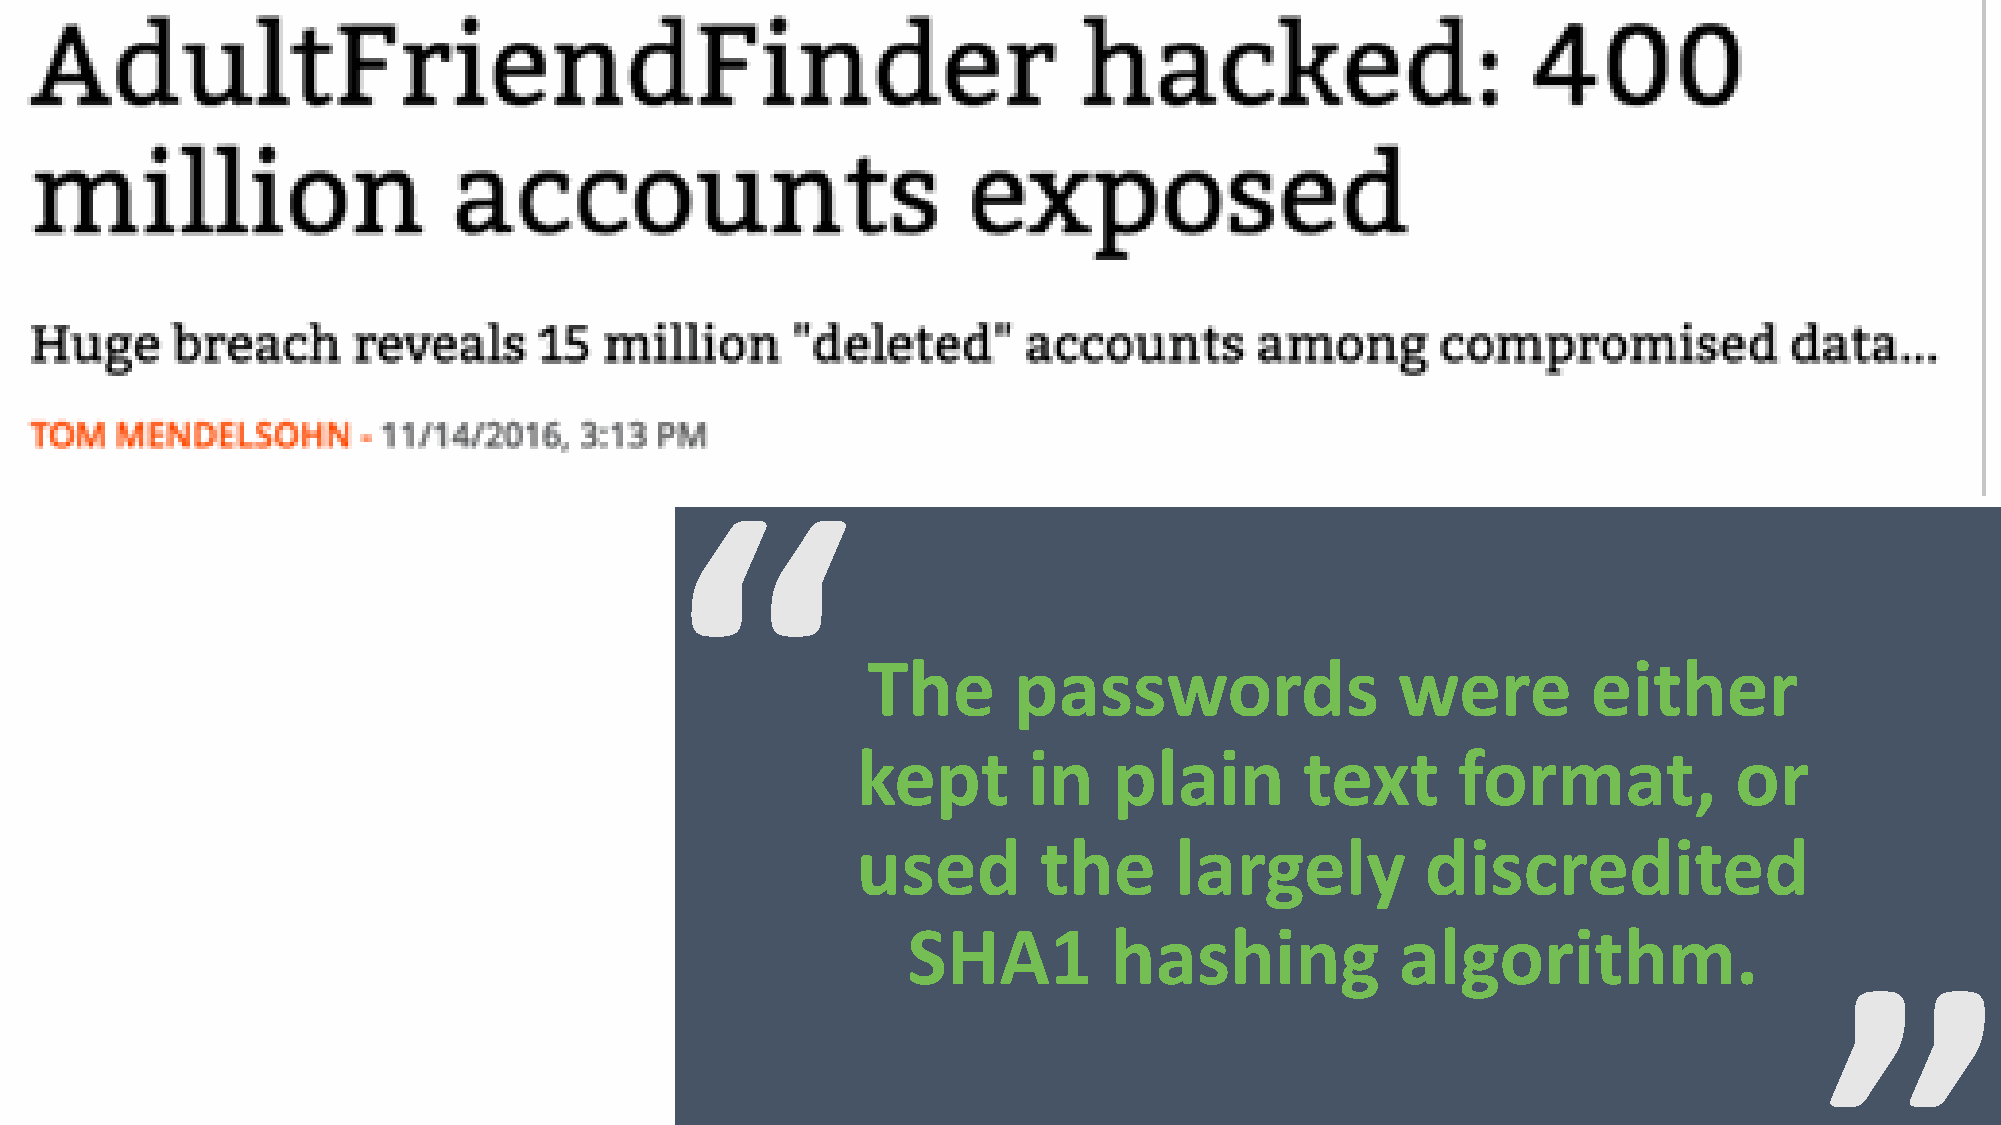
“
 The       passwords                 were        either
 “
 kept       in    plain       text      format,            or
 used        the      largely         discredited
 SHA1          hashing            algorithm.